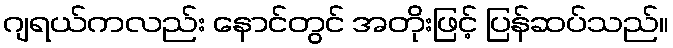
ဂျရယ်ကလည်း နောင်တွင် အတိုးဖြင့် ပြန်ဆပ်သည်။